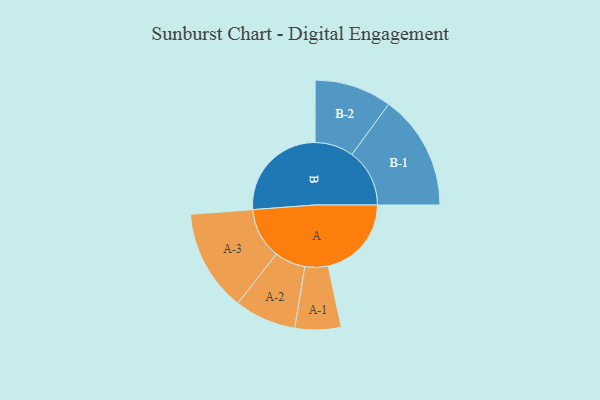
{"axis": {"x": "Segment", "y": "Value"}, "legend": ["", "A", "B"], "data": [{"x": "A", "y": 373, "type": ""}, {"x": "B", "y": 452, "type": ""}, {"x": "A-1", "y": 103, "type": "A"}, {"x": "A-2", "y": 138, "type": "A"}, {"x": "A-3", "y": 228, "type": "A"}, {"x": "B-1", "y": 258, "type": "B"}, {"x": "B-2", "y": 173, "type": "B"}]}